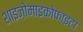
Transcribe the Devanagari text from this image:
शाइज़ोमाइकोफाइटा